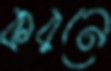
করনে